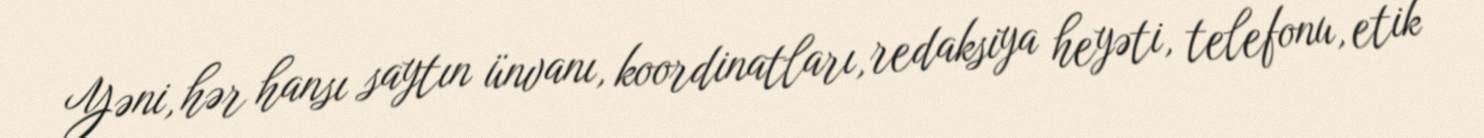
Yəni, hər hansı saytın ünvanı, koordinatları, redaksiya heyəti, telefonu, etik